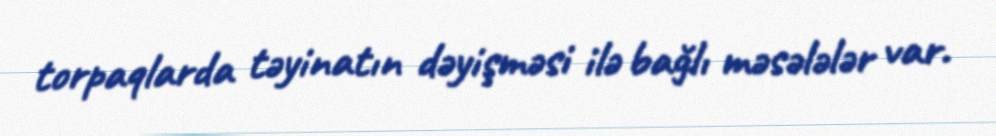
torpaqlarda təyinatın dəyişməsi ilə bağlı məsələlər var.